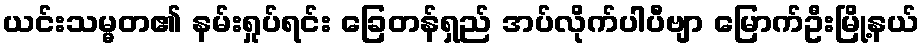
ယင်းသမ္မတ၏ နမ်းရှုပ်ရင်း ခြေတန်ရှည် အပ်လိုက်ပါပီဗျာ မြောက်ဦးမြို့နယ်